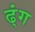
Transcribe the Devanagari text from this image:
ढ्ंग